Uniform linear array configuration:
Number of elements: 4
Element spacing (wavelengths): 0.5
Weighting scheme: hamming
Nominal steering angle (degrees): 0
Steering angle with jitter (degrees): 1.876
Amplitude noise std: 0.05
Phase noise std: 0.05

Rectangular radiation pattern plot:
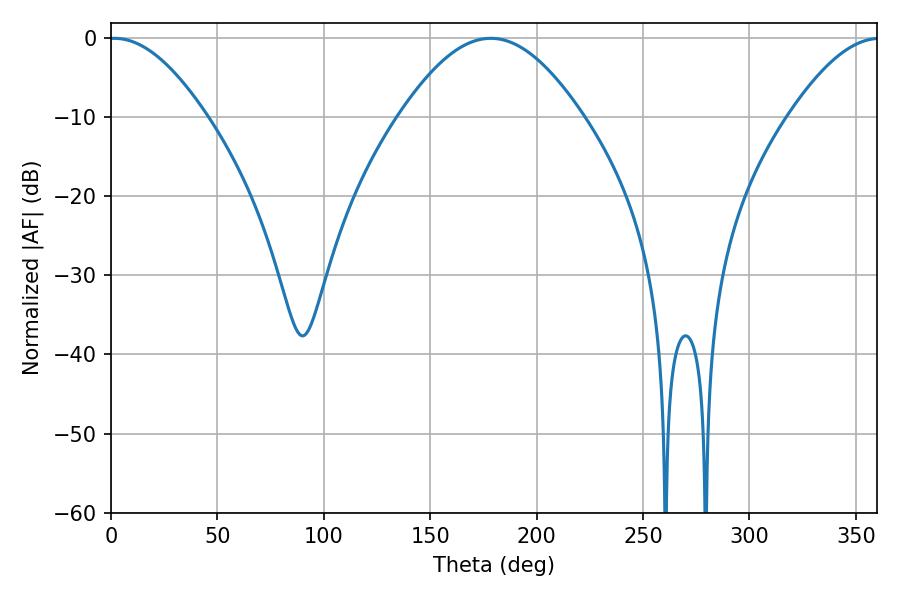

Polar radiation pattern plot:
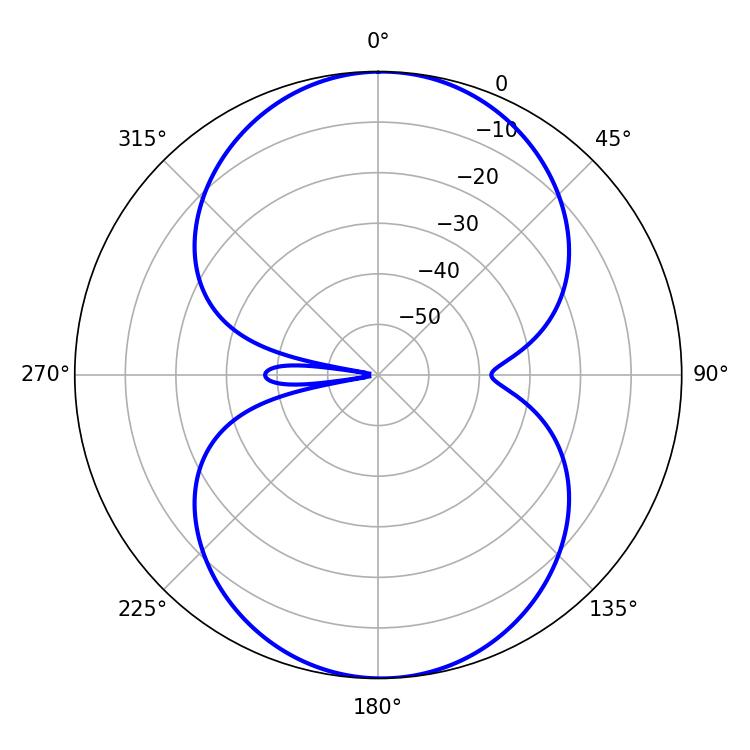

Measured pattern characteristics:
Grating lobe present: FALSE
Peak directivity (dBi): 16.414
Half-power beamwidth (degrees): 24.84
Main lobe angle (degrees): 1.62